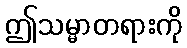
ဤသမ္မာတရားကို